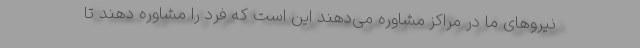
نیروهای ما در مراکز مشاوره می‌دهند این است که فرد را مشاوره دهند تا